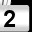
Digit: 2